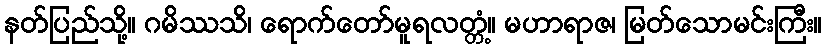
နတ်ပြည်သို့။ ဂမိဿသိ၊ ရောက်တော်မူရလတ္တံ့။ မဟာရာဇ၊ မြတ်သောမင်းကြီး။